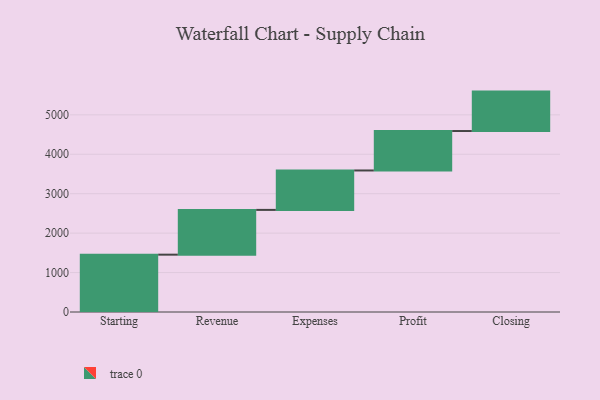
{"axis": {"x": "Step", "y": "Value"}, "legend": [""], "data": [{"x": "Starting", "y": 1454.0, "type": ""}, {"x": "Revenue", "y": 1135.0, "type": ""}, {"x": "Expenses", "y": 1000, "type": ""}, {"x": "Profit", "y": 1000, "type": ""}, {"x": "Closing", "y": 1000, "type": ""}]}